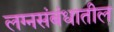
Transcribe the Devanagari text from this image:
लग्नसंबंधातील